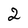
Character: 2